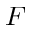
F